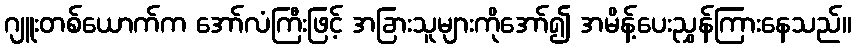
ဂျူးတစ်ယောက်က အော်လံကြီးဖြင့် အခြားသူများကိုအော်၍ အမိန့်ပေးညွှန်ကြားနေသည်။